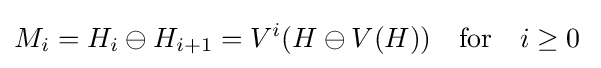
M_{i}=H_{i}\ominus H_{i+1}=V^{i}(H\ominus V(H))\quad {\text{for}}\quad i\geq 0\;